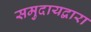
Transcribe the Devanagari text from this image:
समुदायद्वारा